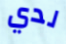
لدي